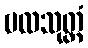
ဗလသုတ္တံ